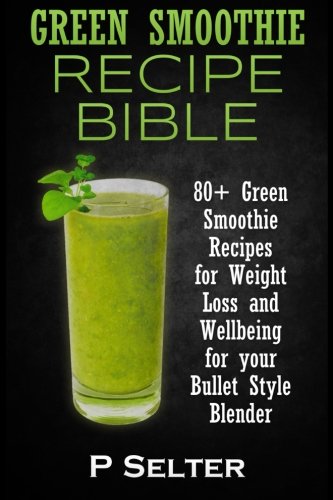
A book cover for Green Smoothie Recipe Bible: 80+ Green Smoothie Recipes for Weight Loss and Wellbeing for your Bullet Style Blender; P Selter; Cookbooks, Food & Wine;